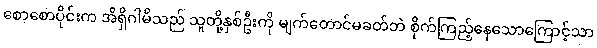
စောစောပိုင်းက အိရှိဂါမိသည် သူတို့နှစ်ဦးကို မျက်တောင်မခတ်ဘဲ စိုက်ကြည့်နေသောကြောင့်သာ